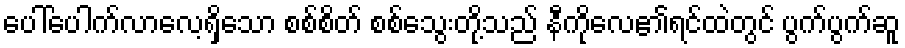
ပေါ်ပေါက်လာလေ့ရှိသော စစ်စိတ် စစ်သွေးတို့သည် နီကိုလေ၏ရင်ထဲတွင် ပွက်ပွက်ဆူ